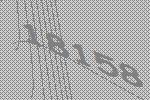
18158